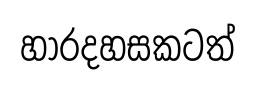
හාරදහසකටත්